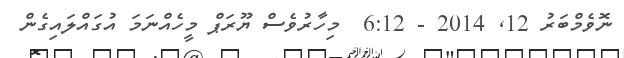
ނޮވެމްބަރު 12